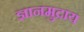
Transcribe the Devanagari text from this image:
ज्ञानमुद्राय